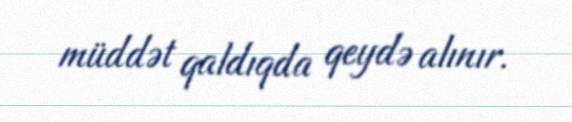
müddət qaldıqda qeydə alınır.